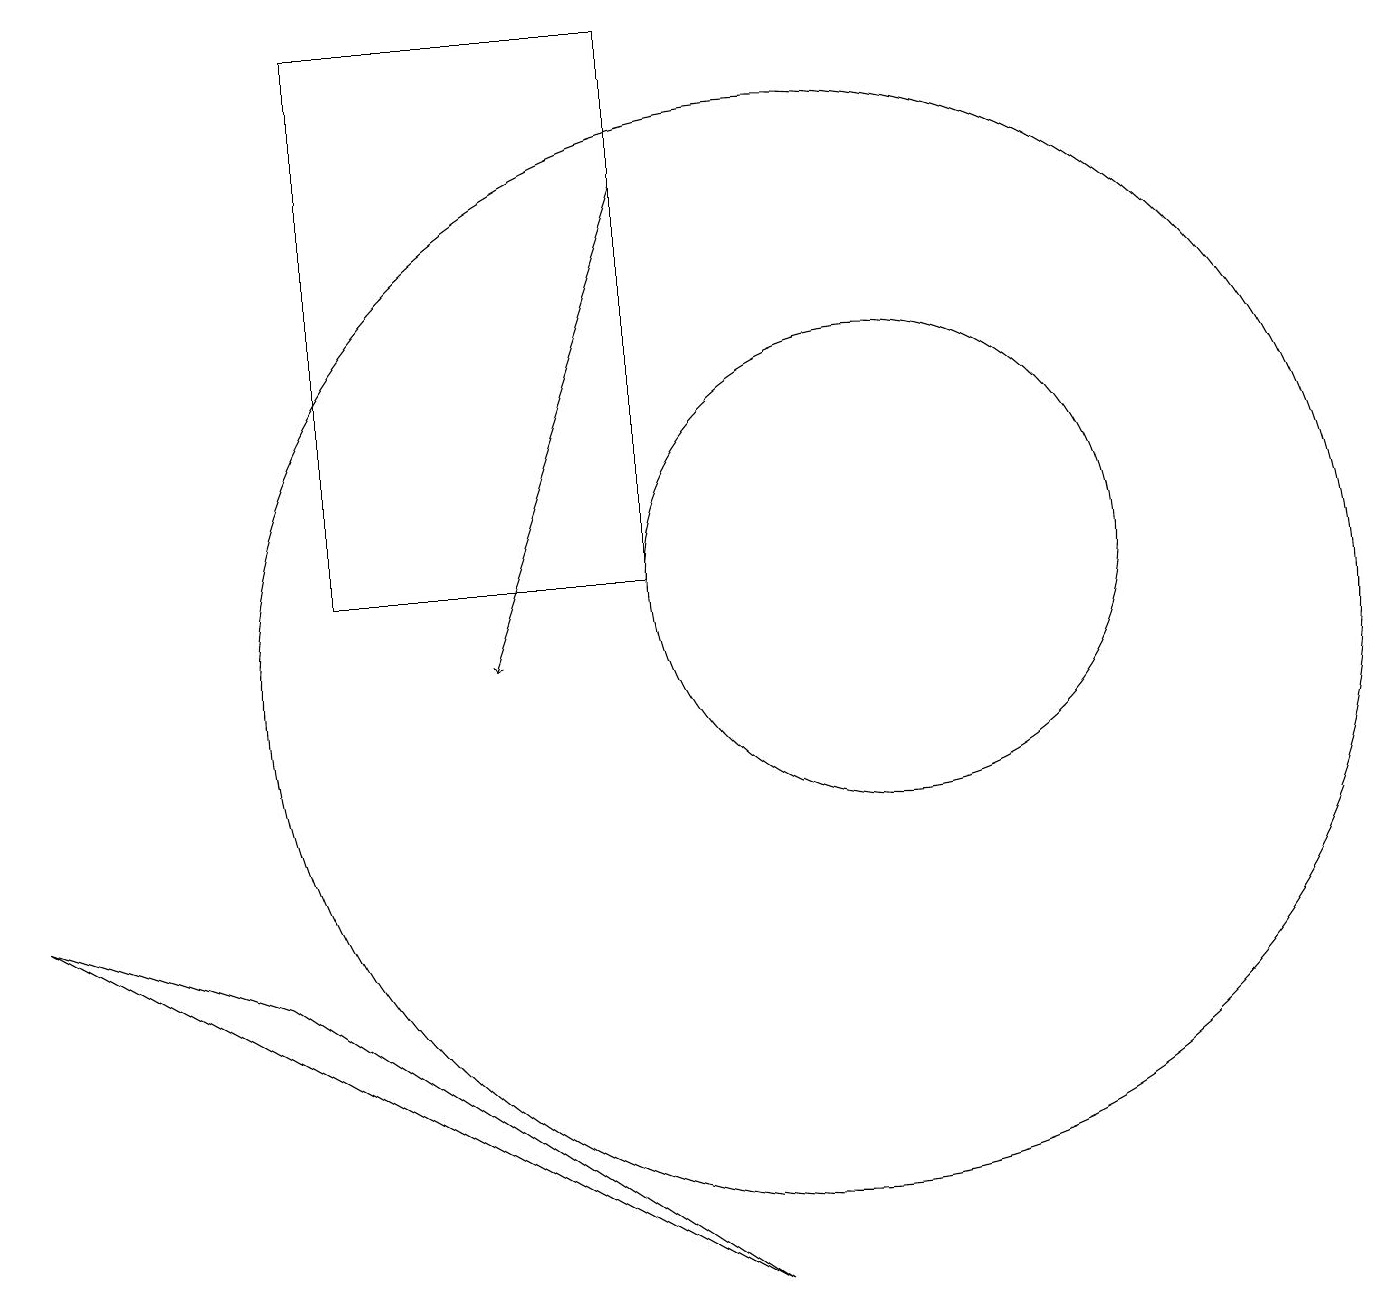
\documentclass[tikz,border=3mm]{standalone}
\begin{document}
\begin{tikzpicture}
\draw (10,10) circle (7);
\draw[->] (8,16) -- (6,10);
\draw (0,7) -- (9,2) -- (3,6) -- cycle;
\draw (8,11) rectangle (4,18);
\draw (11,11) circle (3);
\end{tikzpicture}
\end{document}